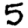
Digit: 5